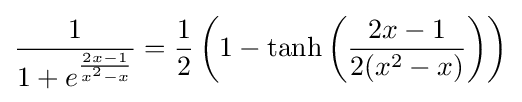
{\frac {1}{1+e^{\frac {2x-1}{x^{2}-x}}}}={\frac {1}{2}}\left(1-\tanh \left({\frac {2x-1}{2(x^{2}-x)}}\right)\right)